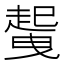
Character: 𲃐